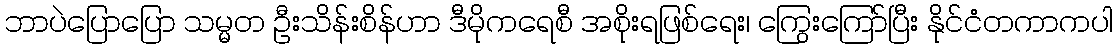
ဘာပဲပြောပြော သမ္မတ ဦးသိန်းစိန်ဟာ ဒီမိုကရေစီ အစိုးရဖြစ်ရေး၊ ကြွေးကြော်ပြီး နိုင်ငံတကာကပါ